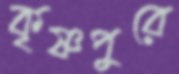
কৃষ্ণপুরে